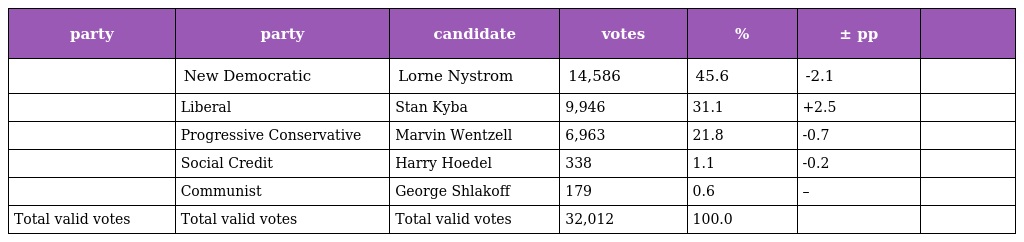
| party | party | candidate | votes | % | ± pp |  |
 | --- | --- | --- | --- | --- | --- | --- |
 |  | New Democratic | Lorne Nystrom | 14,586 | 45.6 | -2.1 |  |
 |  | Liberal | Stan Kyba | 9,946 | 31.1 | +2.5 |  |
 |  | Progressive Conservative | Marvin Wentzell | 6,963 | 21.8 | -0.7 |  |
 |  | Social Credit | Harry Hoedel | 338 | 1.1 | -0.2 |  |
 |  | Communist | George Shlakoff | 179 | 0.6 | – |  |
 | Total valid votes | Total valid votes | Total valid votes | 32,012 | 100.0 |  |  |